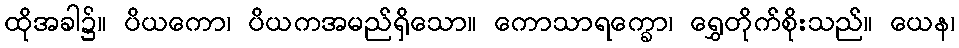
ထိုအခါ၌။ ပိယကော၊ ပိယကအမည်ရှိသော။ ကောသာရက္ခော၊ ရွှေတိုက်စိုးသည်။ ယေန၊